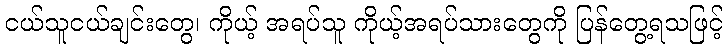
ငယ်သူငယ်ချင်းတွေ၊ ကိုယ့် အရပ်သူ ကိုယ့်အရပ်သားတွေကို ပြန်တွေ့ရသဖြင့်